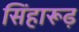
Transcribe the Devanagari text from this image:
सिंहारूढ़